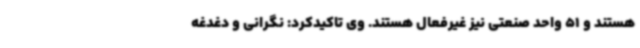
هستند و 51 واحد صنعتی نیز غیرفعال هستند. وی تاکیدکرد: نگرانی و دغدغه